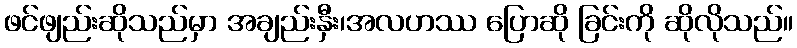
ဖင်ဖျည်းဆိုသည်မှာ အချည်းနှီး၊အလဟဿ ပြောဆို ခြင်းကို ဆိုလိုသည်။